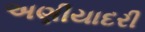
અણીયાદરી